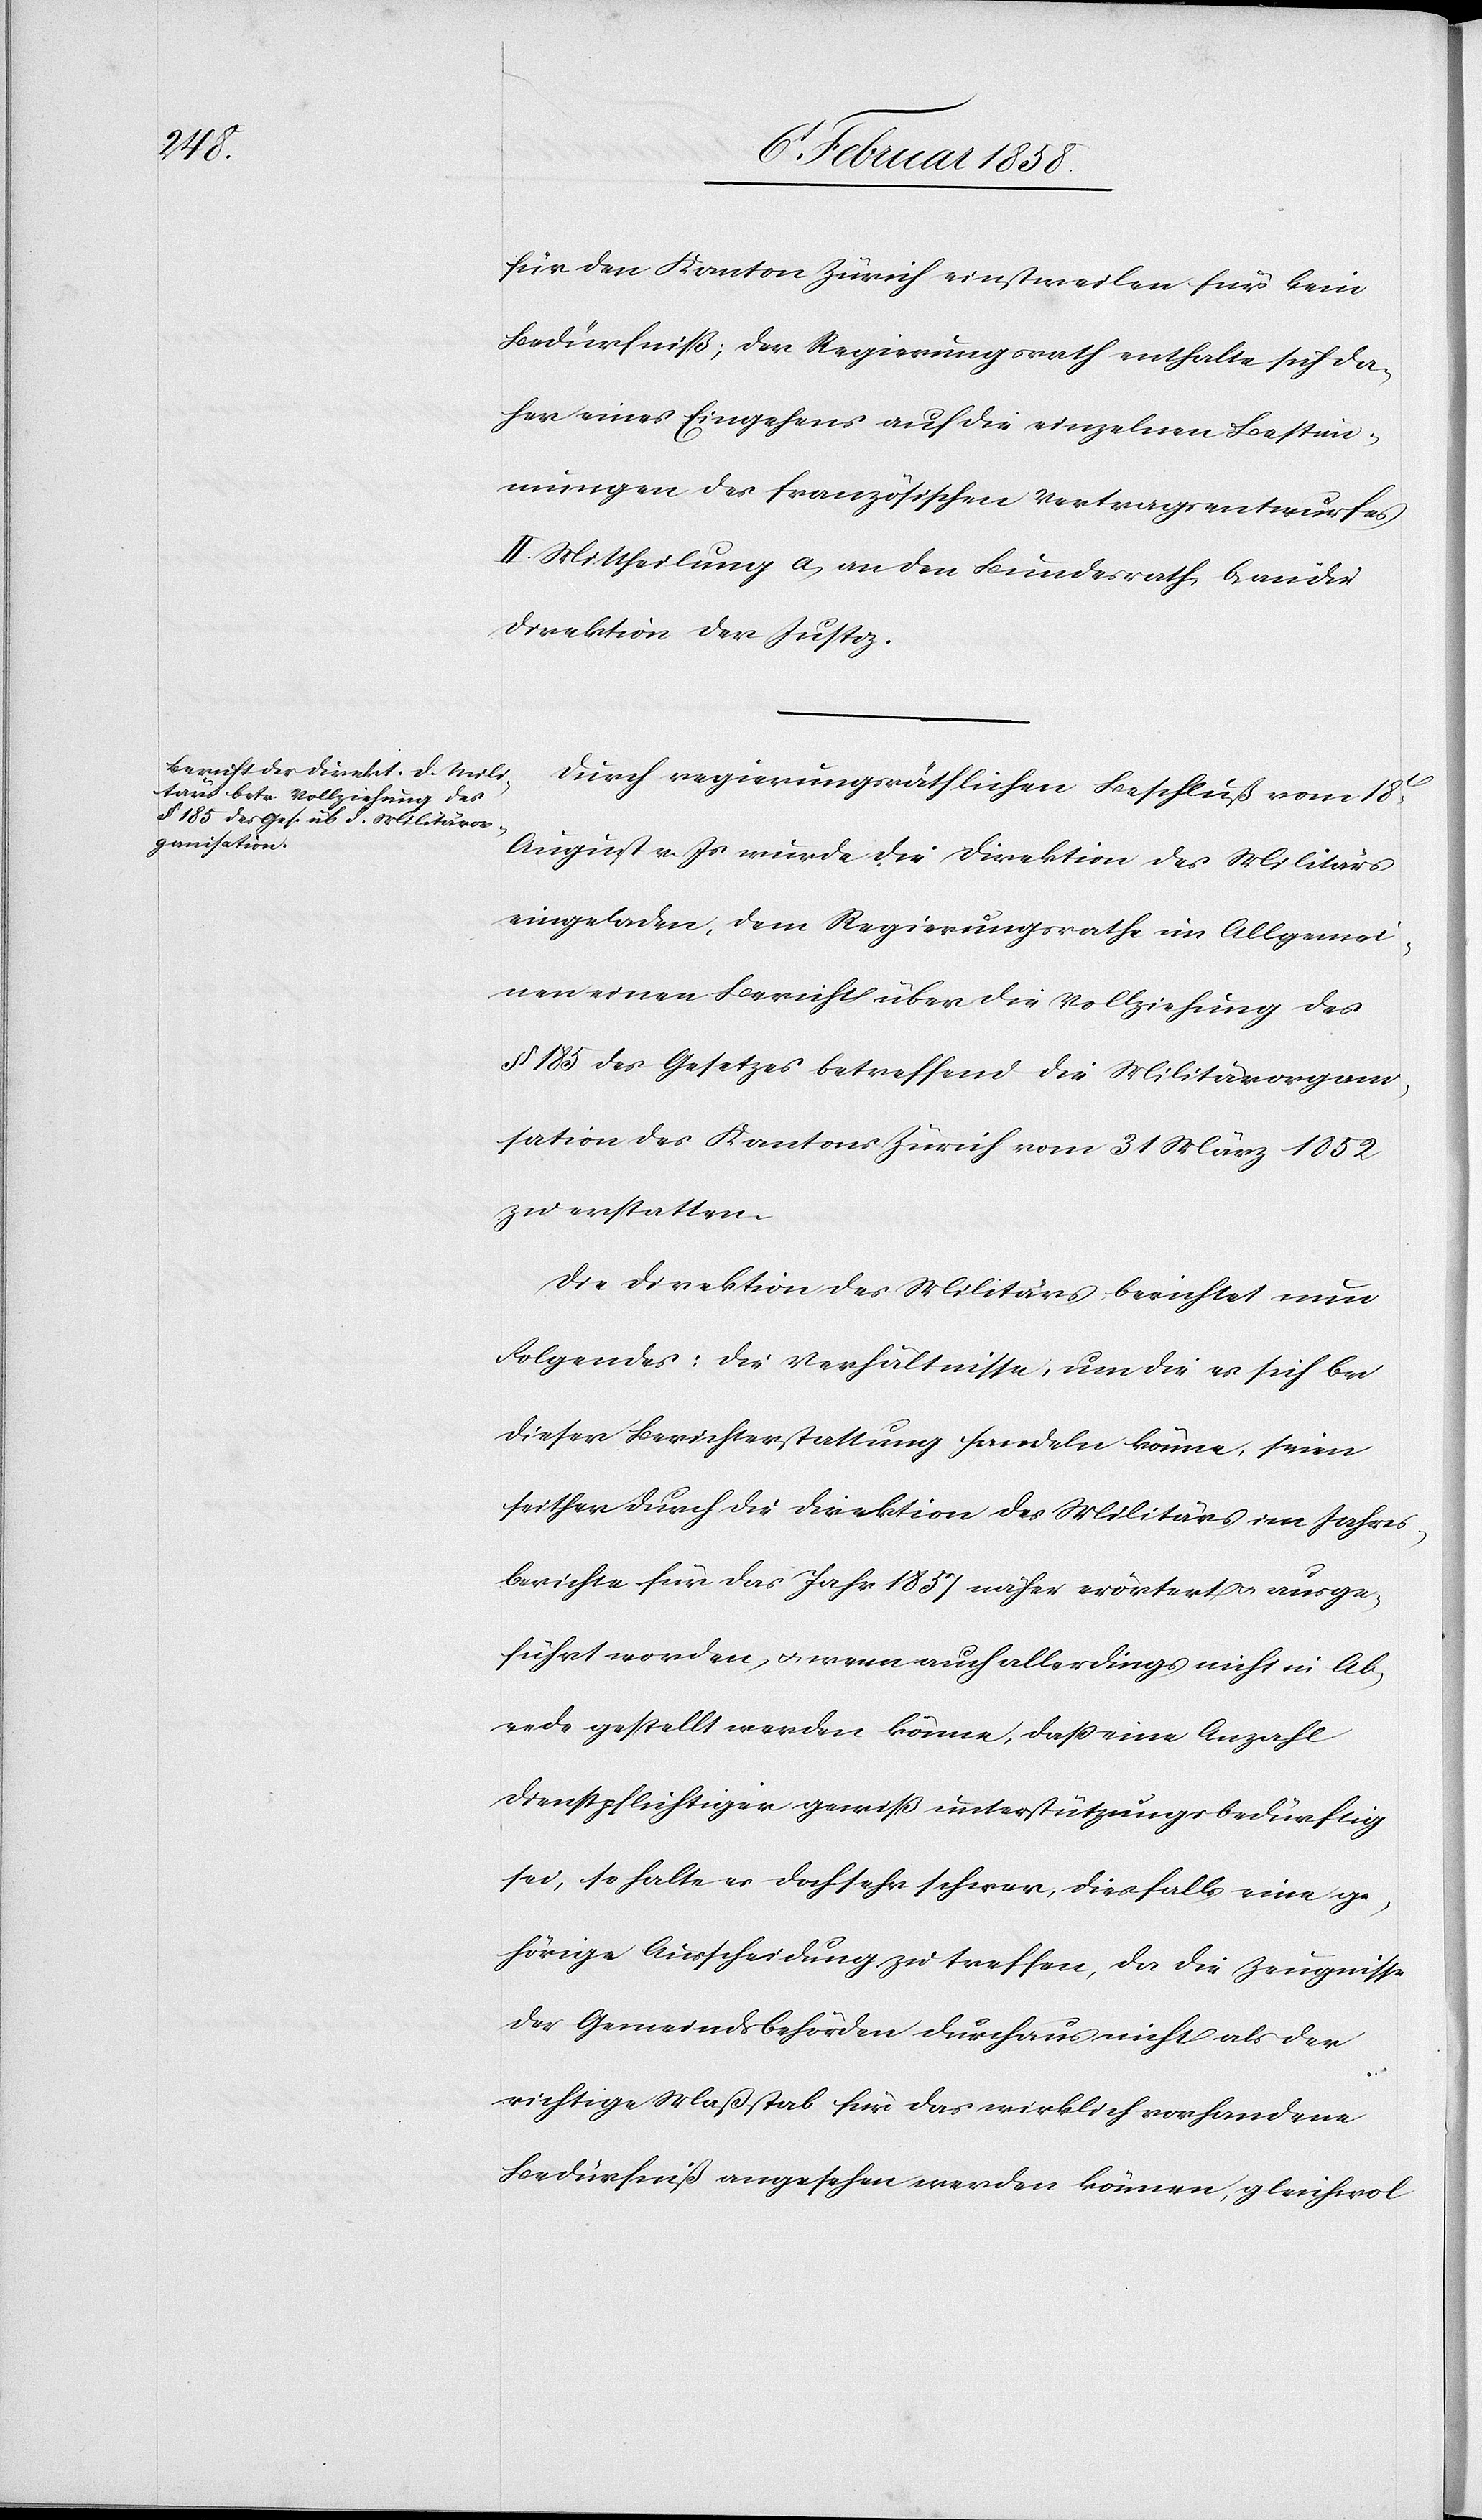
für den Kanton Zürich einstweilen für kein
Bedürfniß; der Regierungsrath enthalte sich da¬
her eines Eingehens auf die einzelnen Bestim¬
mungen des französischen Vertragsentwurfes.
II. Mittheilung a. an den Bundesrath, b. an die
Direktion der Justiz.
Durch regierungsräthlichen Beschluß vom 18t
August v. Js wurde die Direktion des Militärs
eingeladen, dem Regierungsrathe im Allgemei¬
nen einen Bericht über die Vollziehung des
§ 185 des Gesetzes betreffend die Militärorgan¬
isation des Kantons Zürich vom 31 März 1852
zu erstatten.
Die Direktion des Militärs berichtet nun
Folgendes: Die Verhältnisse, um die es sich bei
dieser Berichterstattung handeln könne, seien
seither durch die Direktion des Militärs im Jahres¬
berichte für das Jahr 1857 näher erörtert ausge¬
führt worden, u. wenn auch allerdings nicht in Ab¬
rede gestellt werden könne, daß eine Anzahl
Dienstpflichtiger gewiß unterstützungsbedürftig
sei, so halte es doch sehr schwer, diesfalls eine ge¬
hörige Ausscheidung zu treffen, da die Zeugnisse
der Gemeindsbehörden durchaus nicht als der
richtige Maßstab für das wirklich vorhandene
Bedürfniß angesehen werden können, gleichwol